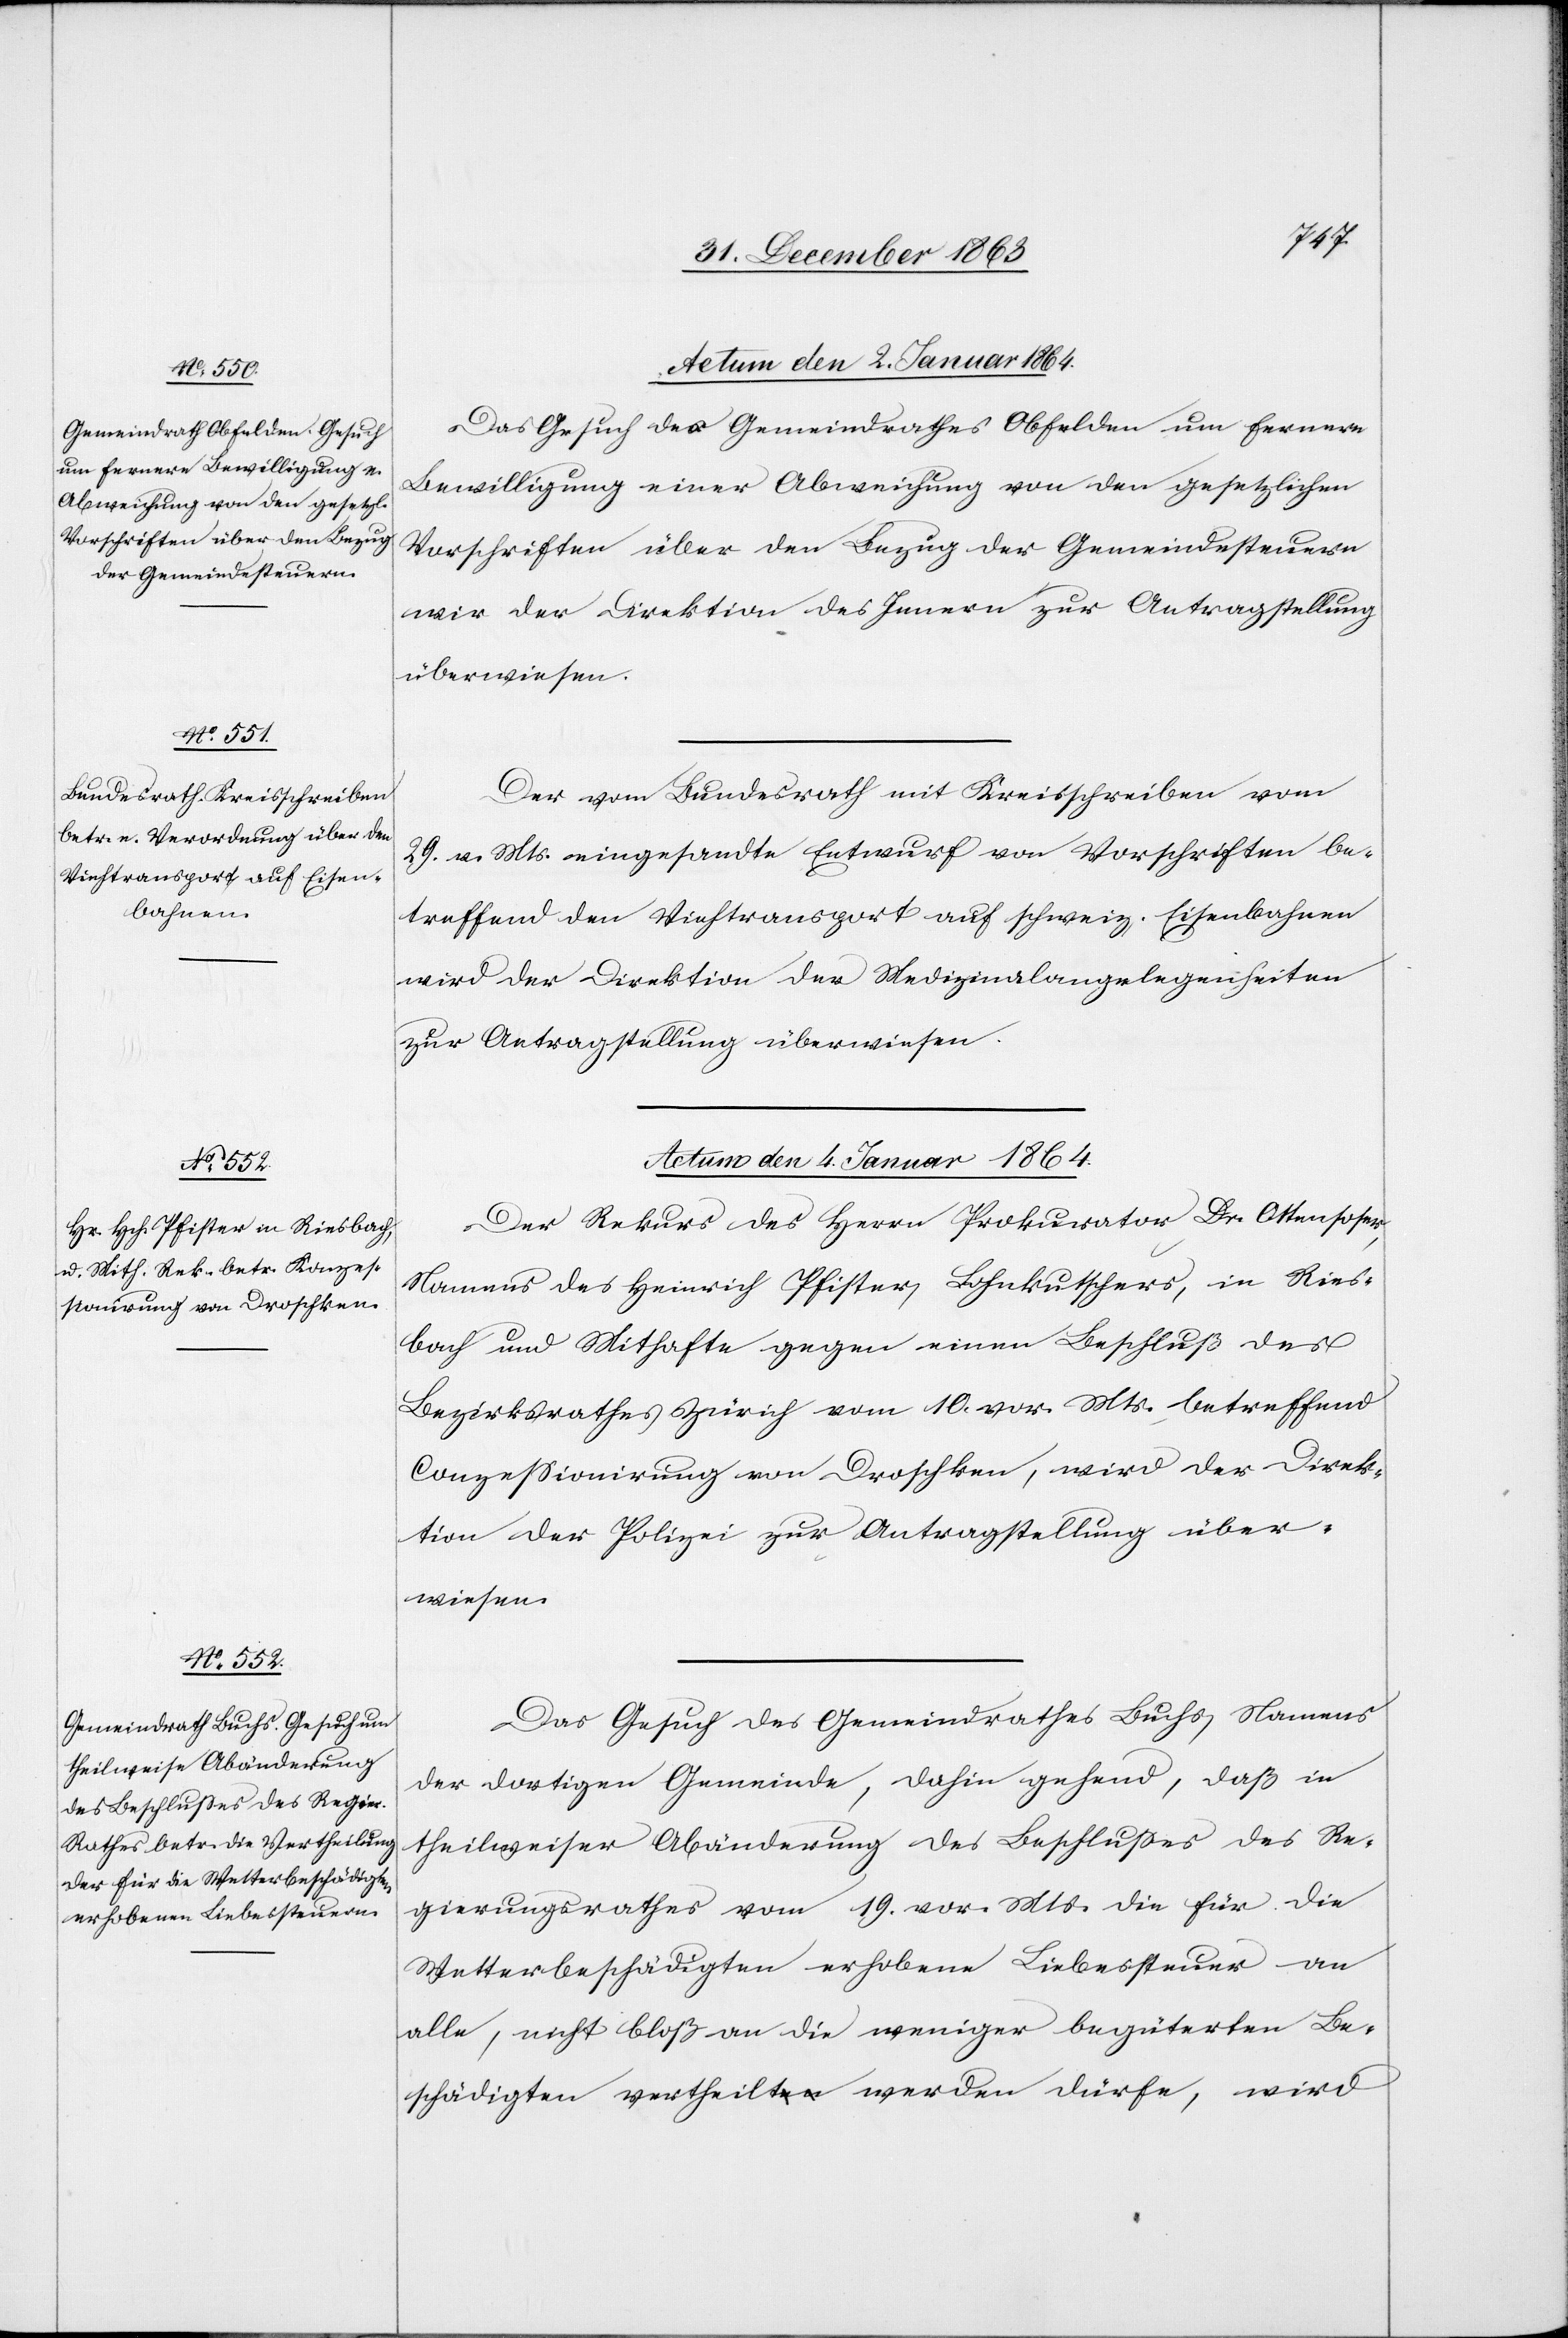
Actum den 4. Januar 1864.]
Das Gesuch des Gemeindrathes Obfelden um fernere
Bewilligung einer Abweichung von den gesetzlichen
Vorschriften über den Bezug der Gemeindesteuern
wir[d] der Direktion des Innern zur Antragstellung
überwiesen.
Der vom Bundesrath mit Kreisschreiben vom
29. v. Mts. eingesandte Entwurf von Vorschriften be¬
treffend den Viehtransport auf schweiz. Eisenbahnen
wird der Direktion der Medizinalangelegenheiten
zur Antragstellung überwiesen.
Der Rekurs des Herrn Prokurator Dr. Ottensoser,
Namens des Heinrich Pfister, Lohnkutschers, in Ries¬
bach und Mithafte gegen einen Beschluß des
Bezirksrathes Zürich vom 10. vor. Mts. betreffend
Conzessionirung von Droschken, wird der Direk¬
tion der Polizei zur Antragstellung über¬
wiesen.
Das Gesuch des Gemeindrath Buchs, Namens
der dortigen Gemeinde, dahin gehen, daß in
theilweiser Abänderung des Beschlusses des Re¬
gierungsrathes vom 19. vor. Mts. die für die
Wetterbeschädigten erhobene Liebessteuer an
alle, nicht bloß an die weniger begüterten Be¬
schädigten vertheilt werden dürfe, wird